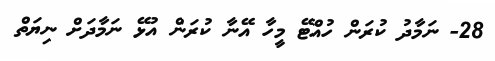
28- ނަމާދު ކުރަން ހުއްޓޭ މީހާ އޭނާ ކުރަން އުޅޭ ނަމާދަށް ނިޔަތް